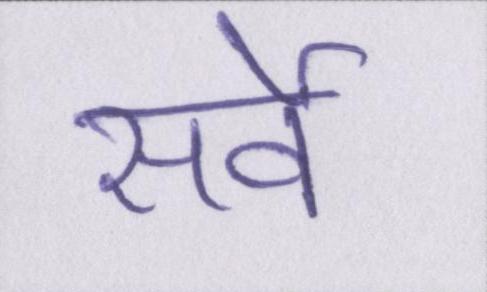
सर्वे